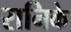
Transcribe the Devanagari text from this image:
रानिके